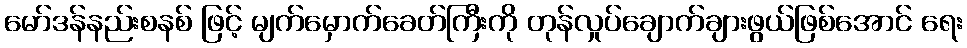
မော်ဒန်နည်းစနစ် ဖြင့် မျက်မှောက်ခေတ်ကြီးကို တုန်လှုပ်ချောက်ချားဖွယ်ဖြစ်အောင် ရေး